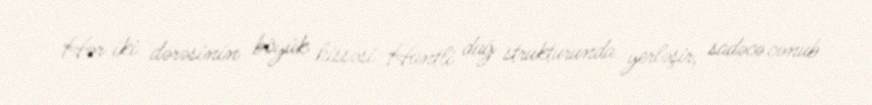
Hər iki dərəsinin böyük hissəsi Hantli dağ strukturunda yerləşir, sadəcə cənub